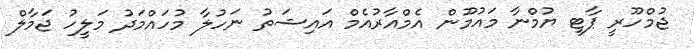
ޖުމްހޫރީ ޕާޓީ ޔުމްނާ މައުމޫން އެމްއާރުއެމް އައިޝަތު ނަހުލާ މުހައްމަދު މަލީހު ޖަމާލް